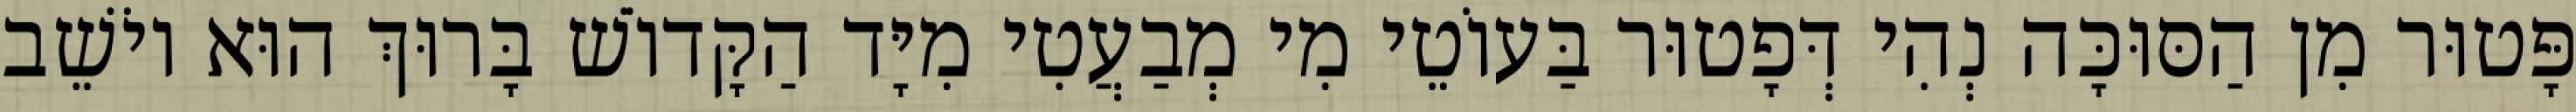
פָּטוּר מִן הַסּוּכָּה נְהִי דְּפָטוּר בַּעוֹטֵי מִי מְבַעֲטִי מִיָּד הַקָּדוֹשׁ בָּרוּךְ הוּא יוֹשֵׁב